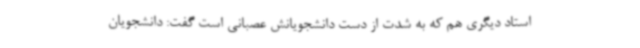
استاد دیگری هم که به شدت از دست دانشجویانش عصبانی است گفت: دانشجویان